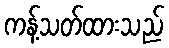
ကန့်သတ်ထားသည်